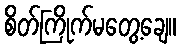
စိတ်ကြိုက်မတွေ့ချေ။